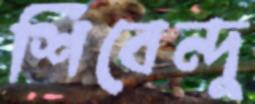
শিবেন্দু